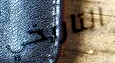
التاريخي